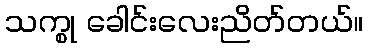
သက္စု ခေါင်းလေးညိတ်တယ်။